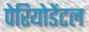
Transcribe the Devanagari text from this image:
पेरियोडेंटल